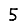
Digit: 5